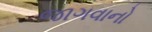
જાગવાનો